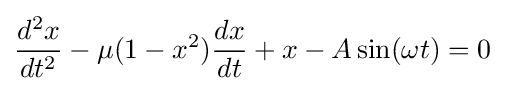
{d^{2}x \over dt^{2}}-\mu (1-x^{2}){dx \over dt}+x-A\sin(\omega t)=0